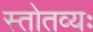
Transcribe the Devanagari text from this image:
स्तोतव्यः